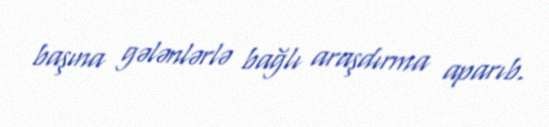
başına gələnlərlə bağlı araşdırma aparıb.